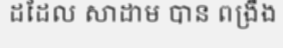
ដដែល សាដាម បាន ពង្រឹង